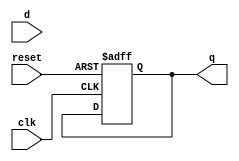
module DFF_Delay (
    input wire clk,
    input wire reset,
    input wire d,
    output reg q
);

// Instantiate delay elements
wire d_delay;
wire q_delay;

// Delay element design (can be customized based on specific requirements)
bufif1 #(1) buf1 (.I(d), .O(d_delay), .EN(1'b1)); // Buffer
not #(1) inv1 (.I(d_delay), .O(q_delay)); // Inverter
bufif1 #(1) buf2 (.I(q_delay), .O(q), .EN(1'b1)); // Buffer

// D flip-flop implementation with delay
always @(posedge clk or posedge reset) begin
    if (reset) begin
        q <= 1'b0;
    end else begin
        q <= q_delay;
    end
end

endmodule